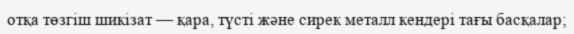
отқа төзгіш шикізат — қара, түсті және сирек металл кендері тағы басқалар;